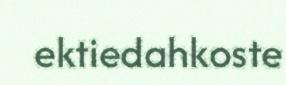
ektiedahkoste